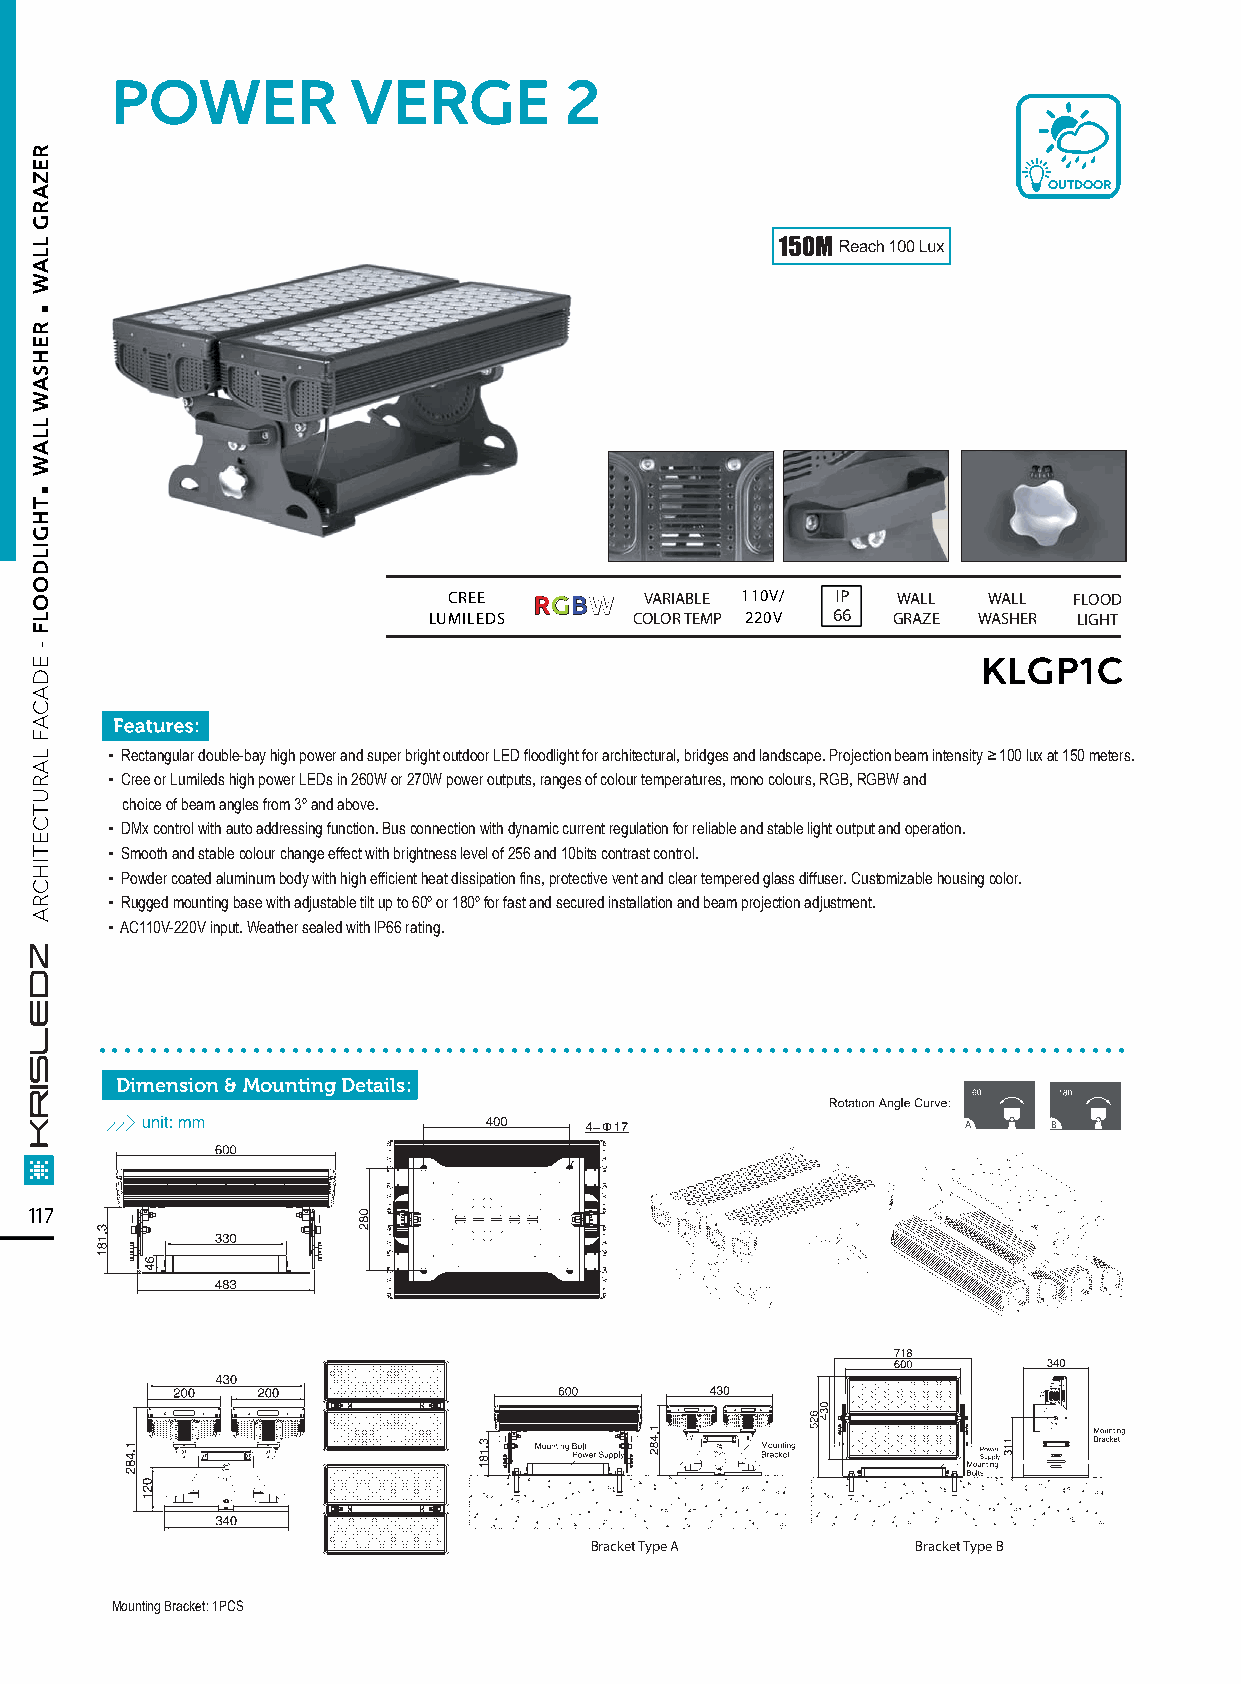
POWER           VERGE         2
 OUTDOOR
 CREE RRGGBBWW VARIABLE 110V/ IP WALL WALL FLOOD
 LUMILEDS      COLOR TEMP 220V 66 GRAZE WASHER LIGHT
 KLGP1C
 ▪ Rectangular double-bay high power and super bright outdoor LED floodlight for architectural, bridges and landscape. Projection beam intensity ≥ 100 lux at 150 meters.
 ▪ Cree or Lumileds high power LEDs in 260W or 270W power outputs, ranges of colour temperatures, mono colours, RGB, RGBW and
 choice of beam angles from 3º and above.
 ▪ DMx control with auto addressing function. Bus connection with dynamic current regulation for reliable and stable light output and operation.
 ▪ Smooth and stable colour change effect with brightness level of 256 and 10bits contrast control.
 ▪ Powder coated aluminum body with high efficient heat dissipation fins, protective vent and clear tempered glass diffuser. Customizable housing color.
 ▪ Rugged mounting base with adjustable tilt up to 60º or 180º for fast and secured installation and beam projection adjustment.
 ▪ AC110V-220V input. Weather sealed with lP66 rating.
 ................................................................................
 Dimension & Mounting Details:
 A     B
 117
 Bracket Type A        Bracket Type B
 Mounting Bracket: 1PCS
 .
 .
 REZARG
 LLAW
 REHSAW
 LLAW
 THGILDOOLF
 -
 EDACAF
 LARUTCETIHCRA